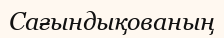
Сағындықованың